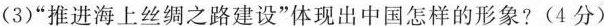
(3)”推进海上丝绸之路建设”体现出中国怎样的形象?(4分)